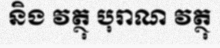
និង វត្ថុ បុរាណ វត្ថុ